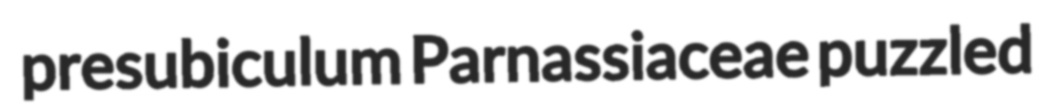
presubiculum Parnassiaceae puzzled